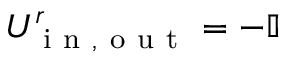
U _ { \mathrm { ~ i ~ n ~ , ~ o ~ u ~ t ~ } } ^ { r } = - \mathbb { I }